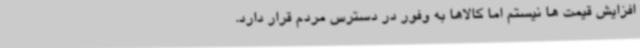
افزایش قیمت ها نیستم اما کالاها به وفور در دسترس مردم قرار دارد.